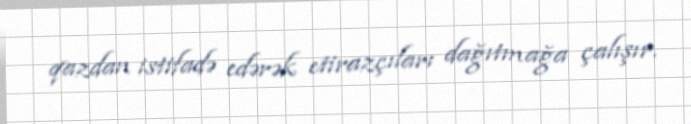
qazdan istifadə edərək etirazçıları dağıtmağa çalışır.